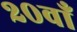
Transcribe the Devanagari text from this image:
२०वाँ